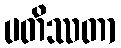
ပတိဿတာ